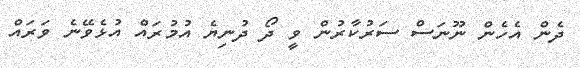
ދެން އެހެން ނޫނަސް ސަރުކާރުން ވީ ދޯ ދުނިޔެ އުމުރައް އުޅެވޭނެ ވަރައް